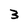
Character: 3